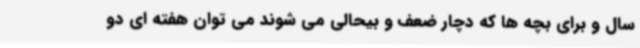
سال و برای بچه ها که دچار ضعف و بیحالی می شوند می توان هفته ای دو